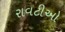
રાવટીઓ